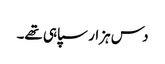
دس ہزار سپاہی تھے۔